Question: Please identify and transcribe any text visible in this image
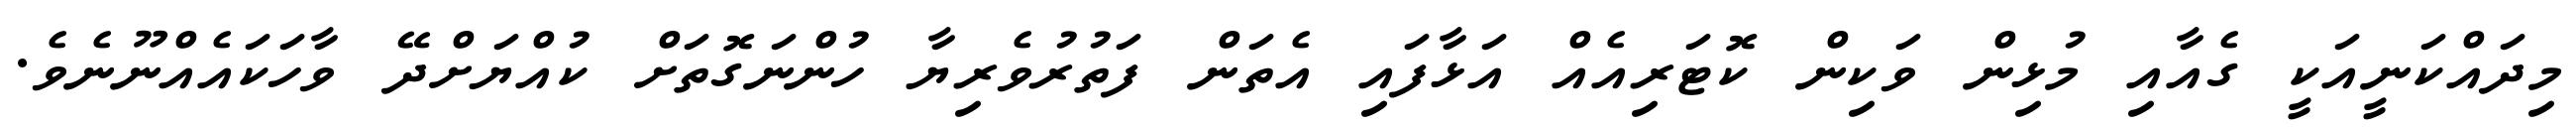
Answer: މިދައްކަނީއަކީ ގެއާއި މުޅިން ވަކިން ކޮޓަރިއެއް އަޅާފައި އެތަން ފަތުރުވެރިޔާ ހުންނަގޮތަށް ކުއްޔަށްދޭ ވާހަކައެއްނޫނެވެ.